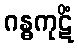
ဂန္ဓကုဋိံ